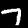
Digit: 7